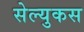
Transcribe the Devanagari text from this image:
सेल्‍युकस